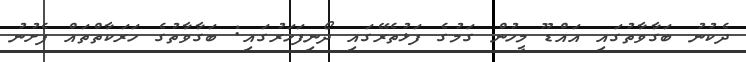
ދެކުނު ބަގާވާތުގައި އައްޑޫ މީހުން ގަމުގެ ފަޅުތެރޭގައި ދޯނިފަހަރުގައި: ބަގާވާތުގެ ހަރަކާތްތައް ފެށުނު